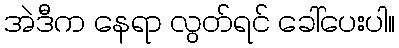
အဲဒီက နေရာ လွတ်ရင် ခေါ်ပေးပါ။